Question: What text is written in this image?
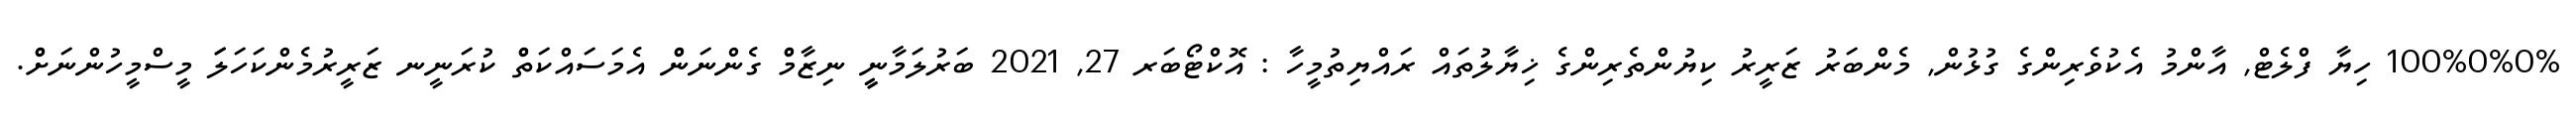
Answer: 100%0%0% ހިޔާ ފްލެޓް, އާންމު އެކުވެރިންގެ ގުޅުން, މެންބަރު ޒަރީރު ކިޔުންތެރިންގެ ޚިޔާލުތައް ރައްޔިތުމީހާ : އޮކްޓޯބަރ 27, 2021 ބަރުލަމާނީީ ނިޒާމްް ގެންނަންް އެމަސައްކަތްް ކުރަނީނ ޒަރީރުމެންކަހަލަަ މީސްމީހުންނަށްް.